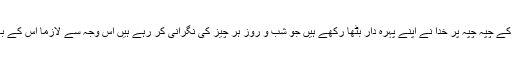
قدرت کا یہ انتظام اس بات پر شاہد ہے کہ یہ دنیا بے راعی کا گلہ نہیں ہے بلکہ اس کے چپہ چپہ پر خدا نے اپنے پہرہ دار بٹھا رکھے ہیں جو شب و روز ہر چیز کی نگرانی کر رہے ہیں اس وجہ سے لازماً اس کے بعد ایک یوم الحساب آنا ہے جس کے احتساب سے کوئی بھی اپنے کو بچا نہ سکے گا۔